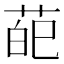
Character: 𦲠